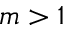
m > 1